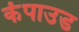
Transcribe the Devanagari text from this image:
कंपाउड